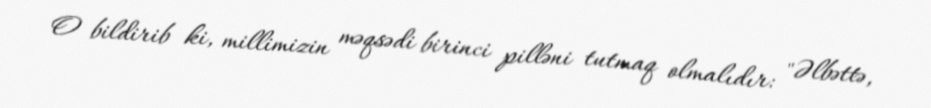
O bildirib ki, millimizin məqsədi birinci pilləni tutmaq olmalıdır: "Əlbəttə,